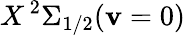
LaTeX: X\, ^{2}\Sigma_{1/2}(\mathbf{v}=0)